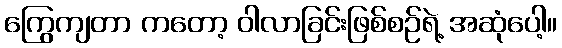
ကြွေကျတာ ကတော့ ဝါလာခြင်းဖြစ်စဉ်ရဲ့ အဆုံပေါ့။